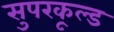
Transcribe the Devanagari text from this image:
सुपरकूल्ड